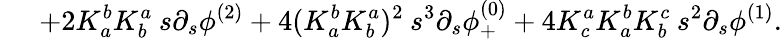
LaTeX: \; \; \; \; \; +2K_{a}^{b}K_{b}^{a}\: s\partial_{s}\phi^{(2)}+4(K_{a}^{b}K_{b}^{a})^{2}\: s^{3}\partial_{s}\phi_{+}^{(0)}+4K_{c}^{a}K_{a}^{b}K_{b}^{c}\: s^{2}\partial_{s}\phi^{(1)}.